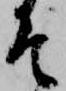
そ